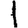
Digit: 1